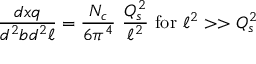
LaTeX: { \frac { d x q } { d ^ { 2 } b d ^ { 2 } \ell } } = { \frac { N _ { c } } { 6 \pi ^ { 4 } } } \ { \frac { Q _ { s } ^ { 2 } } { \ell ^ { 2 } } } \ \mathrm { f o r } \ \ell ^ { 2 } > > Q _ { s } ^ { 2 }